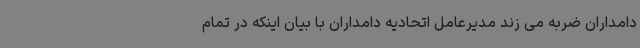
دامداران ضربه می زند مدیرعامل اتحادیه دامداران با بیان اینکه در تمام